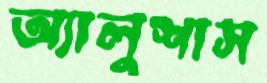
অ্যালুশাস